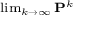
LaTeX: \scriptstyle \operatorname* { l i m } _ { k \to \infty } \mathbf { P } ^ { k }